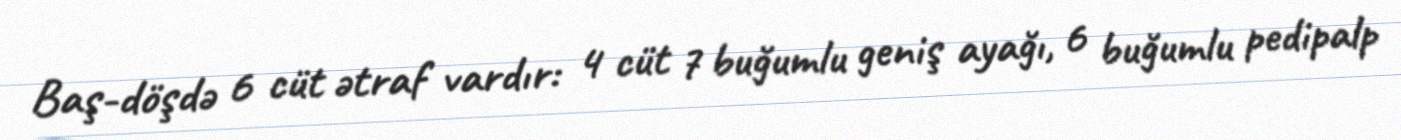
Baş-döşdə 6 cüt ətraf vardır: 4 cüt 7 buğumlu geniş ayağı, 6 buğumlu pedipalp